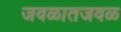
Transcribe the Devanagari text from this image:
जवळातजवळ